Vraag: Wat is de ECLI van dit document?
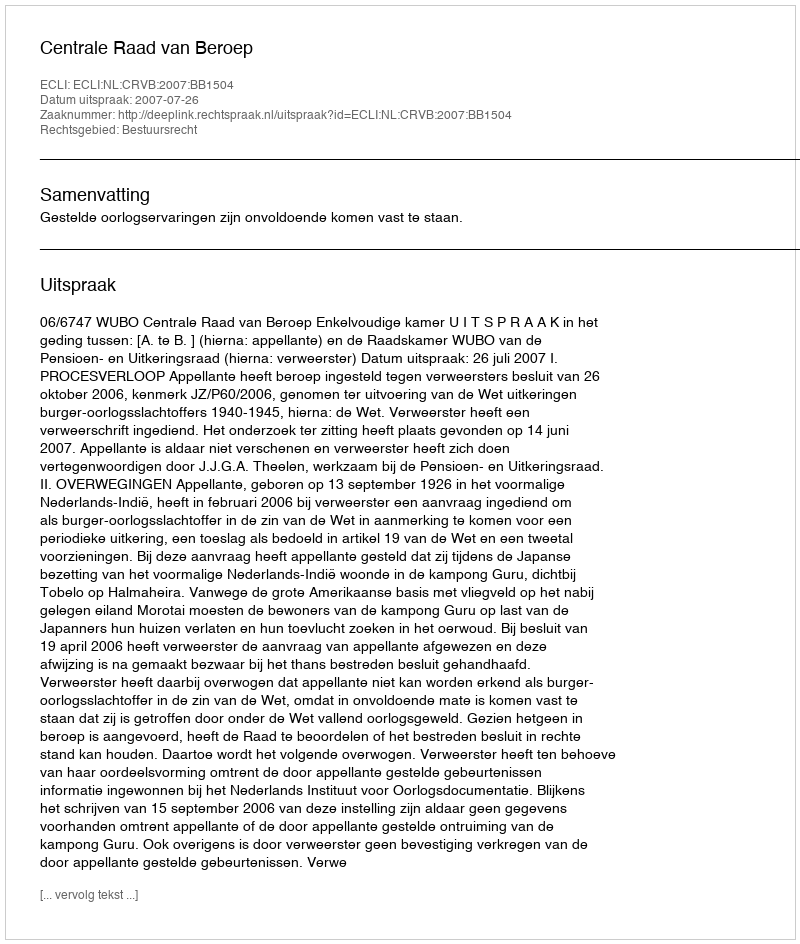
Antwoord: ECLI:NL:CRVB:2007:BB1504